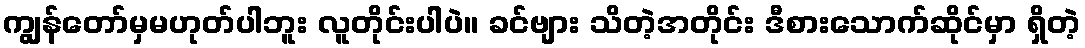
ကျွန်တော်မှမဟုတ်ပါဘူး လူတိုင်းပါပဲ။ ခင်ဗျား သိတဲ့အတိုင်း ဒီစားသောက်ဆိုင်မှာ ရှိတဲ့